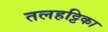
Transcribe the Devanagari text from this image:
तलहट्टिका